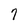
Character: 7